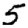
Digit: 5